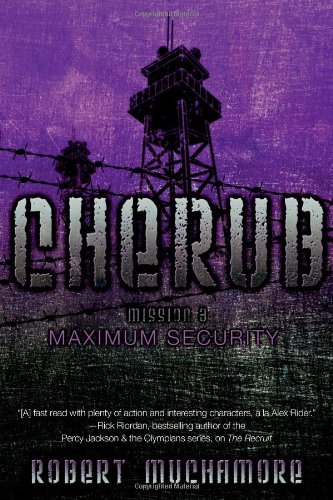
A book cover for Maximum Security (CHERUB); Robert Muchamore; Teen & Young Adult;